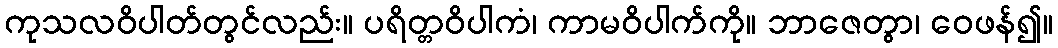
ကုသလဝိပါတ်တွင်လည်း။ ပရိတ္တဝိပါကံ၊ ကာမဝိပါက်ကို။ ဘာဇေတွာ၊ ဝေဖန်၍။